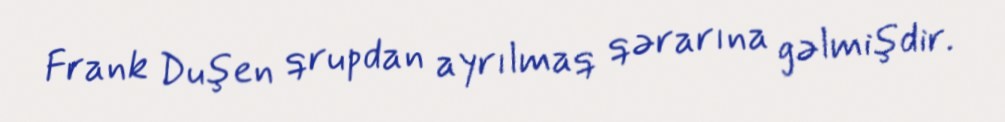
Frank Duşen qrupdan ayrılmaq qərarına gəlmişdir.